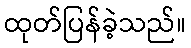
ထုတ်ပြန်ခဲ့သည်။